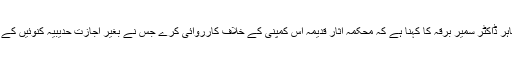
سعودی ویب سائٹ کے مطابق اسلامی تاریخ کے ماہر ڈاکٹر سمیر برقہ کا کہنا ہے کہ محکمہ آثار قدیمہ اس کمپنی کے خلاف کارروائی کرے جس نے بغیر اجازت حدیبیہ کنوئیں کے گرد دیوار بنا کر اسے اپنے تصرف میں لے لیا ہے۔